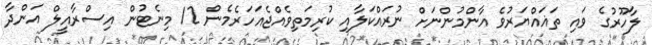
ލާހޫރުގެ ވައި ތަޣައްޔަރުވެ އާންމުންނަށް ނުރައްކަލާއި ކުރިމަތިވެއްޖެއަހަރެމެން 12 މިނެޓުން އިސްރާއީލް އަންދާ